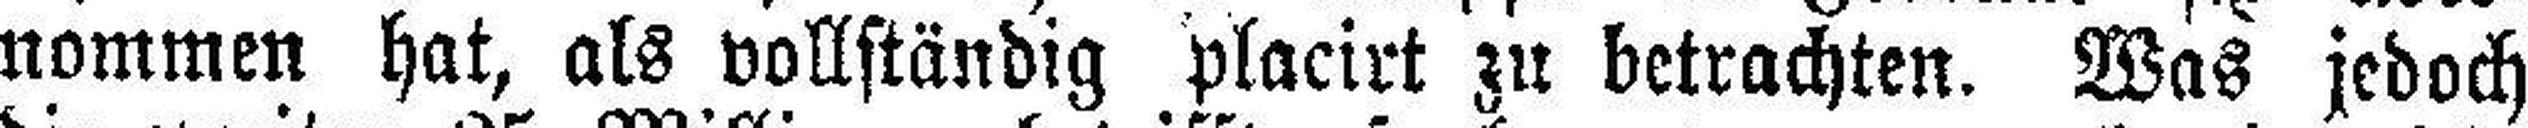
nommen hat, als vollständig placirt zu betrachten. Was jedoch